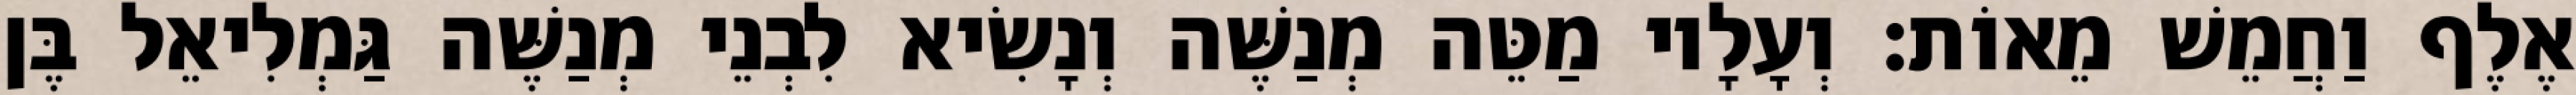
אֶלֶף וַחֲמֵשׁ מֵאוֹת׃ וְעָלָיו מַטֵּה מְנַשֶּׁה וְנָשִׂיא לִבְנֵי מְנַשֶּׁה גַּמְלִיאֵל בֶּן